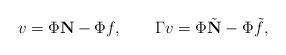
LaTeX: \begin{align*}v=\Phi \mathbf N-\Phi f,\qquad\Gamma v= \Phi\tilde{\mathbf N}-\Phi\tilde f,\end{align*}